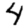
Digit: 4